Reports on military cantonments and civil stations in the Presidency of Bombay inspected by the Sanitary Commissioner in the years 1875 and 1876
Year: 1875
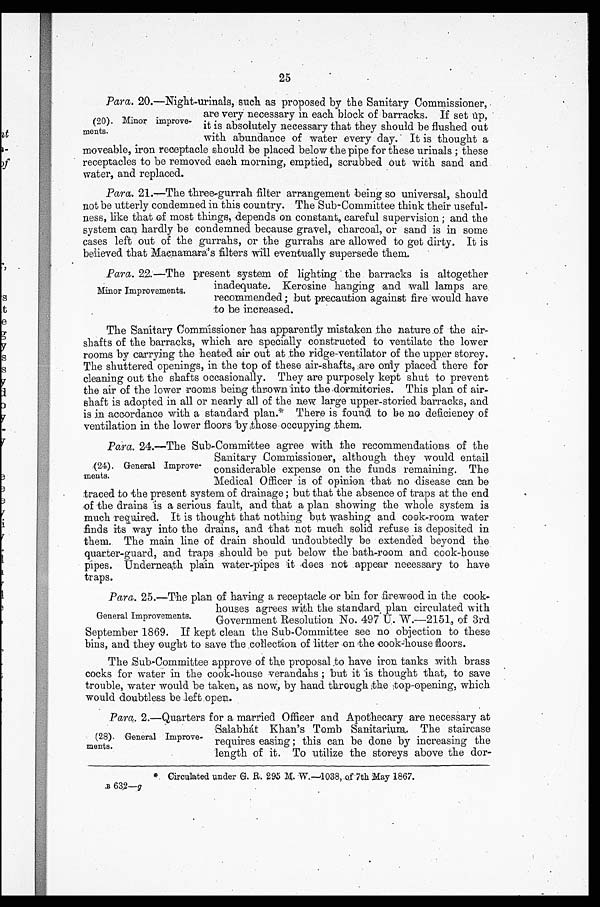
25
Para. 20.—Night-urinals, such as proposed by the Sanitary Commissioner,
are very necessary in each block of barracks. If set up,
it is absolutely necessary that they should be flushed out
with abundance of water every day.. It is thought a
moveable, iron receptacle should be placed below the pipe for these urinals ; these
receptacles to be removed each morning, emptied, scrubbed out with sand and
water, and replaced.
Para. 21.—The three-gurrah filter arrangement being so universal, should
not be utterly condemned in this country. The Sub-Committee think their useful-
ness, like that of most things, depends on constant, careful supervision ; and the
system can hardly be condemned because gravel, charcoal, or sand is in some
cases left out of the gurrahs, or the gurrahs are allowed to get dirty. It is
believed that Macnamara's filters will eventually supersede them.
Para.22.—The present .system of lighting the barracks is altogether
inadequate. Kerosine hanging and wall lamps are
recommended; but precaution against fire would have
to be increased.
The Sanitary Commissioner has apparently mistaken the nature of the air-
shafts of the barracks, which are specially constructed to ventilate the lower
rooms by carrying the heated air out at the ridge-ventilator of the upper storey.
The shuttered openings, in the top of these air-shafts, are only placed there for
cleaning out the shafts occasionally. They are purposely kept shut to prevent
the air of the lower rooms being thrown into the dormitories. This plan of air-
shaft is adopted in all or nearly all of the new large upper-storied barracks, and
is in accordance with a standard plan." There is found to be no deficiency of
ventilation in the lower floors by those occupying them.
24.—The Sub-Committee agree with the recommendations of the
Sanitary Commissioner, although they would entail
considerable expense on the funds remaining. The
Medical Officer is of opinion that no disease can be
traced to the present system of drainage; but that the absence of traps at the end
of the drains is a serious fault, and that a plan showing the whole system is
much required. It is thought that nothing but washing and cook-room water
finds its way into the drains, and that not much solid refuse is deposited in
them. The main line of drain should undoubtedly be extended beyond the
quarter-guard, and traps should be put below the bath-room and cook-house
pipes. Underneath plain water pipes it does mot appear necessary to have
trans.
Para. 25.—The plan of having a receptacle or bin for fire-wood in the cook-
houses agrees with the standard, plan circulated with
Government Resolution No. 497 U. W.-2151, of 3rd
September 1869. If kept clean the Sub-Committee see no objection to these
bins, and they ought to save the collection of litter on the cook-house floors.
The Sub-Committee approve of the proposal to have iron tanks with brass
cocks for water in the cook-house verandahs ; but it 'is thought that, to save
trouble, water would be taken, as now, by hand. through the top-opening, which
would doubtless be left.open.
Para,. 2.—Quarters for a married Officer and Apothecary are necessary at
Salabhat Khan's Tomb Sanitarium, The staircase
requires easing ; this can be done by increasing the
length of it. To utilize the storeys above the dor-
* Circulated under G. R. 295 M W—1038, of 7th May 1867.
B 6 3 2 — g
(20). Minor improve-
ments.
Minor Improvements.
(24). General Improve-
ments.
General Improvements.
(28). General Improve-
ments.